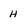
Character: H